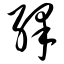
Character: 绎